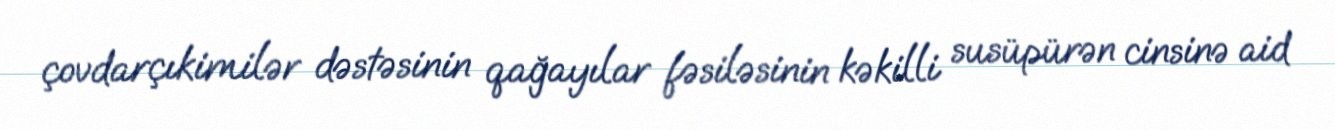
çovdarçıkimilər dəstəsinin qağayılar fəsiləsinin kəkilli susüpürən cinsinə aid